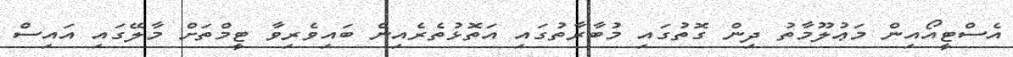
އެސްޓީއޯއިން މަޢުލޫމާތު ދިން ގޮތުގައި މުބާރާތުގައި އަތޮޅުތެރެއިން ބައިވެރިވާ ޓީމްތަށް މާލޭގައި އައިސް